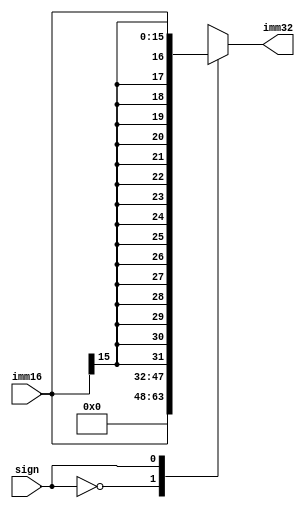
`timescale 1ns / 1ps
//////////////////////////////////////////////////////////////////////////////////
// Company: 
// Engineer: 
// 
// Design Name: 
// Module Name:    EXT 
// Project Name: 
// Target Devices: 
// Tool versions: 
// Description: 
//
// Dependencies: 
//
// Revision: 
// Revision 0.01 - File Created
// Additional Comments: 
//
//////////////////////////////////////////////////////////////////////////////////
module EXT(
    input [15:0] imm16,
    input sign,
    output reg [31:0] imm32
    );
	initial begin
		imm32 = 0;
	end
	
	always@(*) begin
		case(sign)		//signed ext or not
			0 : 
				imm32 = {16'h0, imm16};		// not sign
			1 :
				imm32 = {{16{imm16[15]}}, imm16};		// sign
			default :
				imm32 = 0;
		
		endcase
	end

endmodule